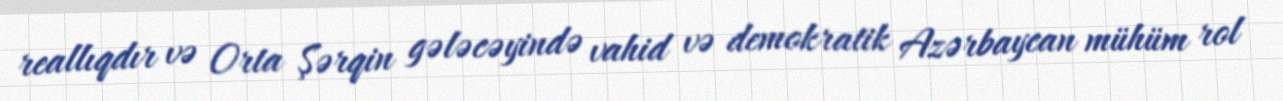
reallıqdır və Orta Şərqin gələcəyində vahid və demokratik Azərbaycan mühüm rol